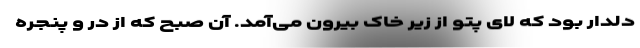
دلدار بود که لای پتو از زیر خاک بیرون می‌آمد. آن صبح که از در و پنجره